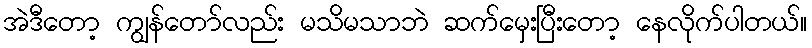
အဲဒီတော့ ကျွန်တော်လည်း မသိမသာဘဲ ဆက်မှေးပြီးတော့ နေလိုက်ပါတယ်။